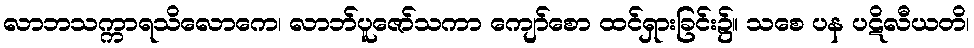
လာဘသက္ကာရသိလောကေ၊ လာဘ်ပူဇော်သကာ ကျော်စော ထင်ရှားခြင်း၌။ သစေ ပန ပဋိလီယတိ၊